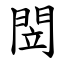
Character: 閚